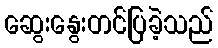
ဆွေးနွေးတင်ပြခဲ့သည်